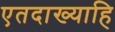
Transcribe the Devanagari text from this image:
एतदाख्याहि